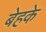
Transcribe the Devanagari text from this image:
बेहके